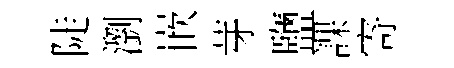
陡瀏嵌芽鹽課寄